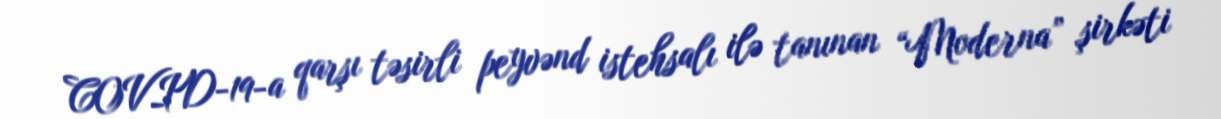
COVID-19-a qarşı təsirli peyvənd istehsalı ilə tanınan “Moderna” şirkəti